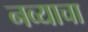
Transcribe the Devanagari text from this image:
नव्याचा